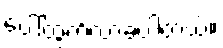
ပေါ်ထွက်လာခဲ့ပါတယ်။